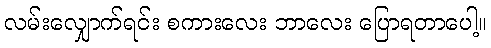
လမ်းလျှောက်ရင်း စကားလေး ဘာလေး ပြောရတာပေါ့။